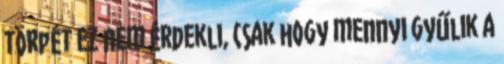
törpét ez nem érdekli, csak hogy mennyi gyűlik a